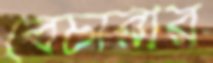
বেচারীর